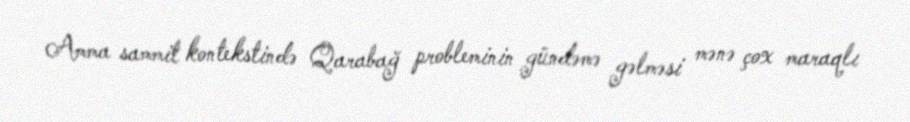
Amma sammit kontekstində Qarabağ probleminin gündəmə gəlməsi mənə çox maraqlı